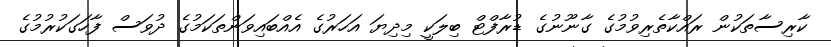
ކާރިސާތަކުން ރައްކާތެރިވުމުގެ ގާނޫނުގެ ޑުރާފްޓް ބިލަކީ މިދިޔަ އަހަރުގެ އެއްބައިވަންތަކަމުގެ ދުވަސް ފާހަގަކުރުމުގެ